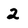
Character: 2